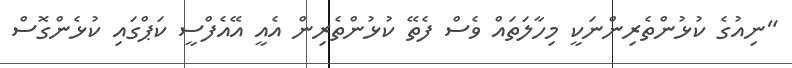
"ނިއުގެ ކުޅުންތެރިންނަކީ މިހާލަތައް ވެސް ފެތޭ ކުޅުންތެރިން އެއީ އޭއެފްސީ ކަޕްގައި ކުޅެންގޮސް